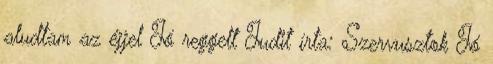
aludtam az éjjel Jó reggelt Judit írta: Szervusztok Jó